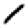
Digit: 1